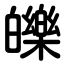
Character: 皪